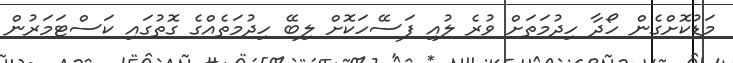
މަޑުކޮށްގެން ހޯދާ ހިދުމަތަށް ވުރެ ލުއި ފަސޭހަކޮށް ލިބޭ ހިދުމަތެއްގެ ގޮތުގައި ކަސްޓަމަރުން